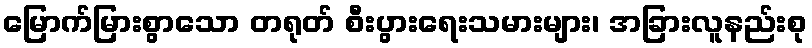
မြောက်မြားစွာသော တရုတ် စီးပွားရေးသမားများ၊ အခြားလူနည်းစု